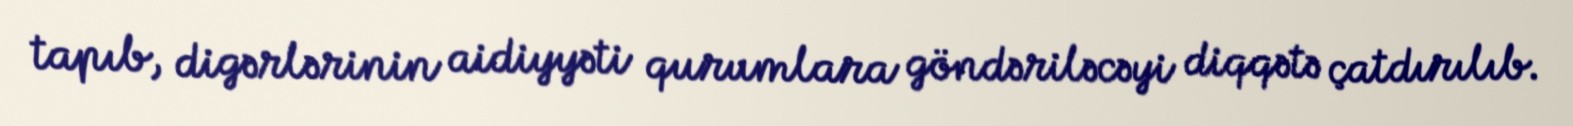
tapıb, digərlərinin aidiyyəti qurumlara göndəriləcəyi diqqətə çatdırılıb.